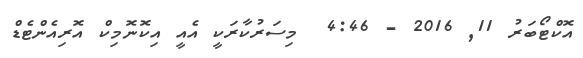
އޮކްޓޯބަރު 11